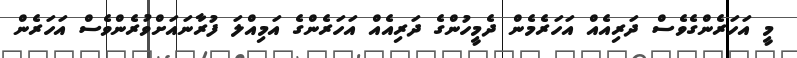
މީ އަހަރެންގެވެސް ދަރިއެއް އަހަރެމެން ދެމީހުންގެ ދަރިއެއް އަހަރެންގެ އަމިއްލަ ފުރާނައަށްވުރެންވެސް އަހަރެން